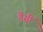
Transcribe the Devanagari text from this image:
तैसीं